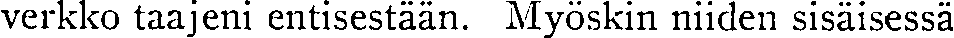
verkko taajeni entisestään. Myöskin niiden sisäisessä